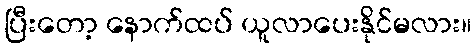
ပြီးတော့ နောက်ထပ် ယူလာပေးနိုင်မလား။